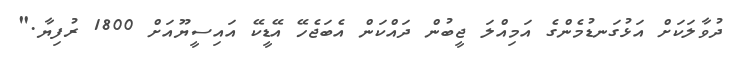
ދުވާލަކަށް އަޅުގަނޑުމެންގެ އަމިއްލަ ޖީބުން ދައްކަން އެބަޖެހޭ އޭޑީކޭ އައިސީޔޫއަށް 1800 ރުފިޔާ."